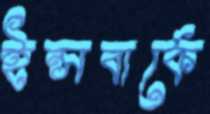
ইন্সবার্কে